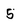
Character: 5